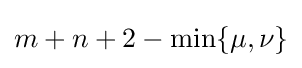
m+n+2-\min\{\mu ,\nu \}